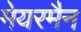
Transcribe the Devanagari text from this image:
मेयरमैन